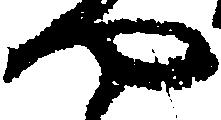
や